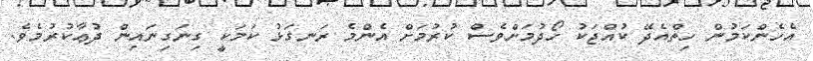
އެހެންކަމުން ހިތްއެދޭ ކުއްޖަކު ހޯދުމަށްވެސް ކުރުމަށް އެންމެ ރަނގަޅު ކަމަކީ ގިނަގިނައިން ދުޢާކުރުމެވެ.